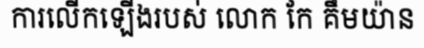
ការលើកឡើងរបស់ លោក កែ គឹមយ៉ាន